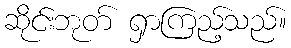
ဆိုင်းဘုတ် ရှာကြည့်သည်။